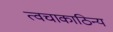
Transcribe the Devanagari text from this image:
त्वचाकाठिन्य